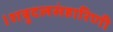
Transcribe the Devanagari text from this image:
।शत्रुदलसंहारिणी